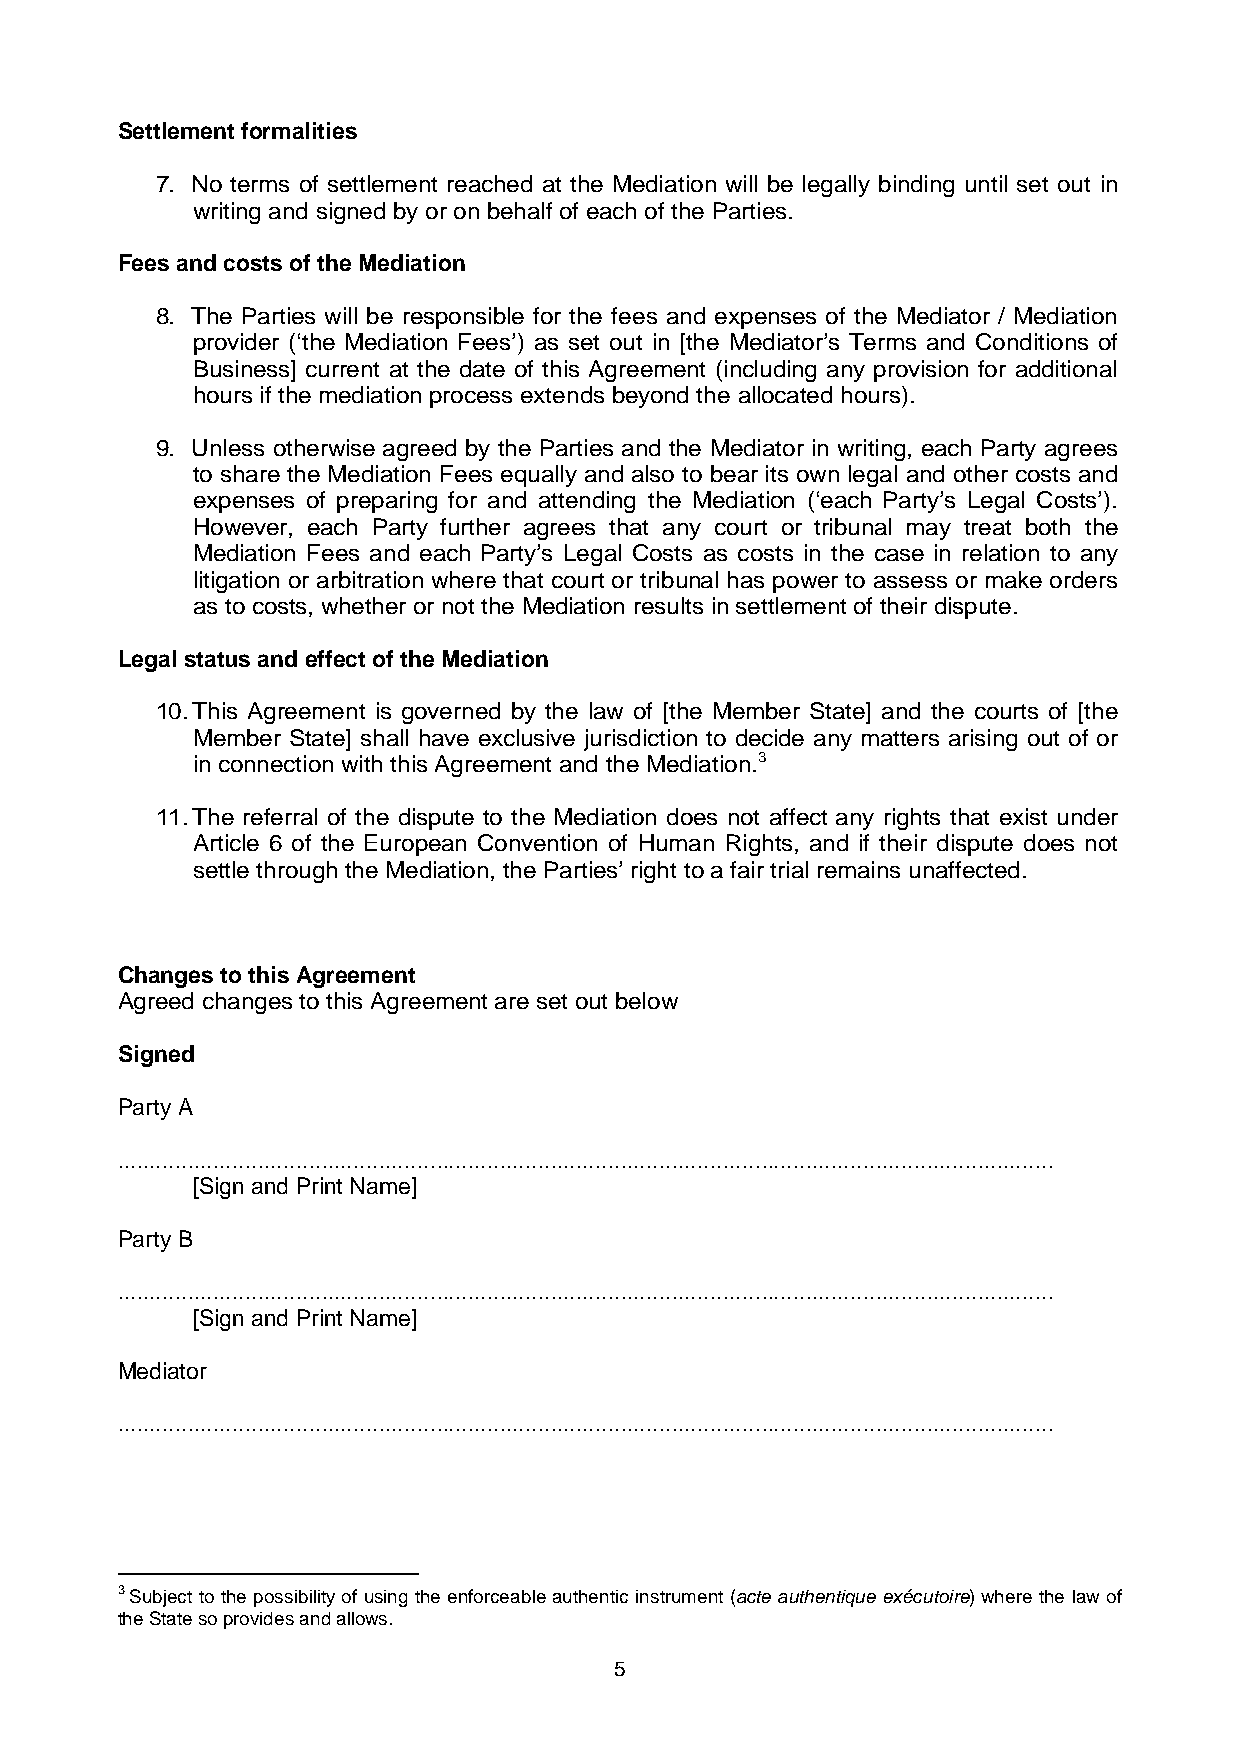
Settlement formalities
 7. No terms of settlement reached at the Mediation will be legally binding until set out in
 writing and signed by or on behalf of each of the Parties.
 Fees and costs of the Mediation
 8. The Parties will be responsible for the fees and expenses of the Mediator / Mediation
 provider (‘the Mediation Fees’) as set out in [the Mediator’s Terms and Conditions of
 Business] current at the date of this Agreement (including any provision for additional
 hours if the mediation process extends beyond the allocated hours).
 9. Unless otherwise agreed by the Parties and the Mediator in writing, each Party agrees
 to share the Mediation Fees equally and also to bear its own legal and other costs and
 expenses of preparing for and attending the Mediation (‘each Party’s Legal Costs’).
 However, each Party further agrees that any court or tribunal may treat both the
 Mediation Fees and each Party’s Legal Costs as costs in the case in relation to any
 litigation or arbitration where that court or tribunal has power to assess or make orders
 as to costs, whether or not the Mediation results in settlement of their dispute.
 Legal status and effect of the Mediation
 10. This Agreement is governed by the law of [the Member State] and the courts of [the
 Member State] shall have exclusive jurisdiction to decide any matters arising out of or
 in connection with this Agreement and the Mediation.3
 11. The referral of the dispute to the Mediation does not affect any rights that exist under
 Article 6 of the European Convention of Human Rights, and if their dispute does not
 settle through the Mediation, the Parties’ right to a fair trial remains unaffected.
 Changes to this Agreement
 Agreed changes to this Agreement are set out below
 Signed
 Party A
 ...................................................................................................................................................
 [Sign and Print Name]
 Party B
 ...................................................................................................................................................
 [Sign and Print Name]
 Mediator
 ...................................................................................................................................................
 3 Subject to the possibility of using the enforceable authentic instrument (acte authentique exécutoire) where the law of
 the State so provides and allows.
 5